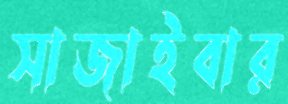
সাজাইবার